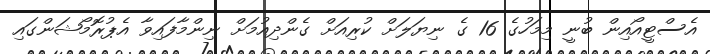
އެސްޓީއޯއިން ބުނީ މިމަހުގެ 16 ގެ ނިޔަލަށް ކުރިއަށް ގެންދިއުމަށް ނިންމާފައިވާ އެޕުރޮމޯޝަންގައި